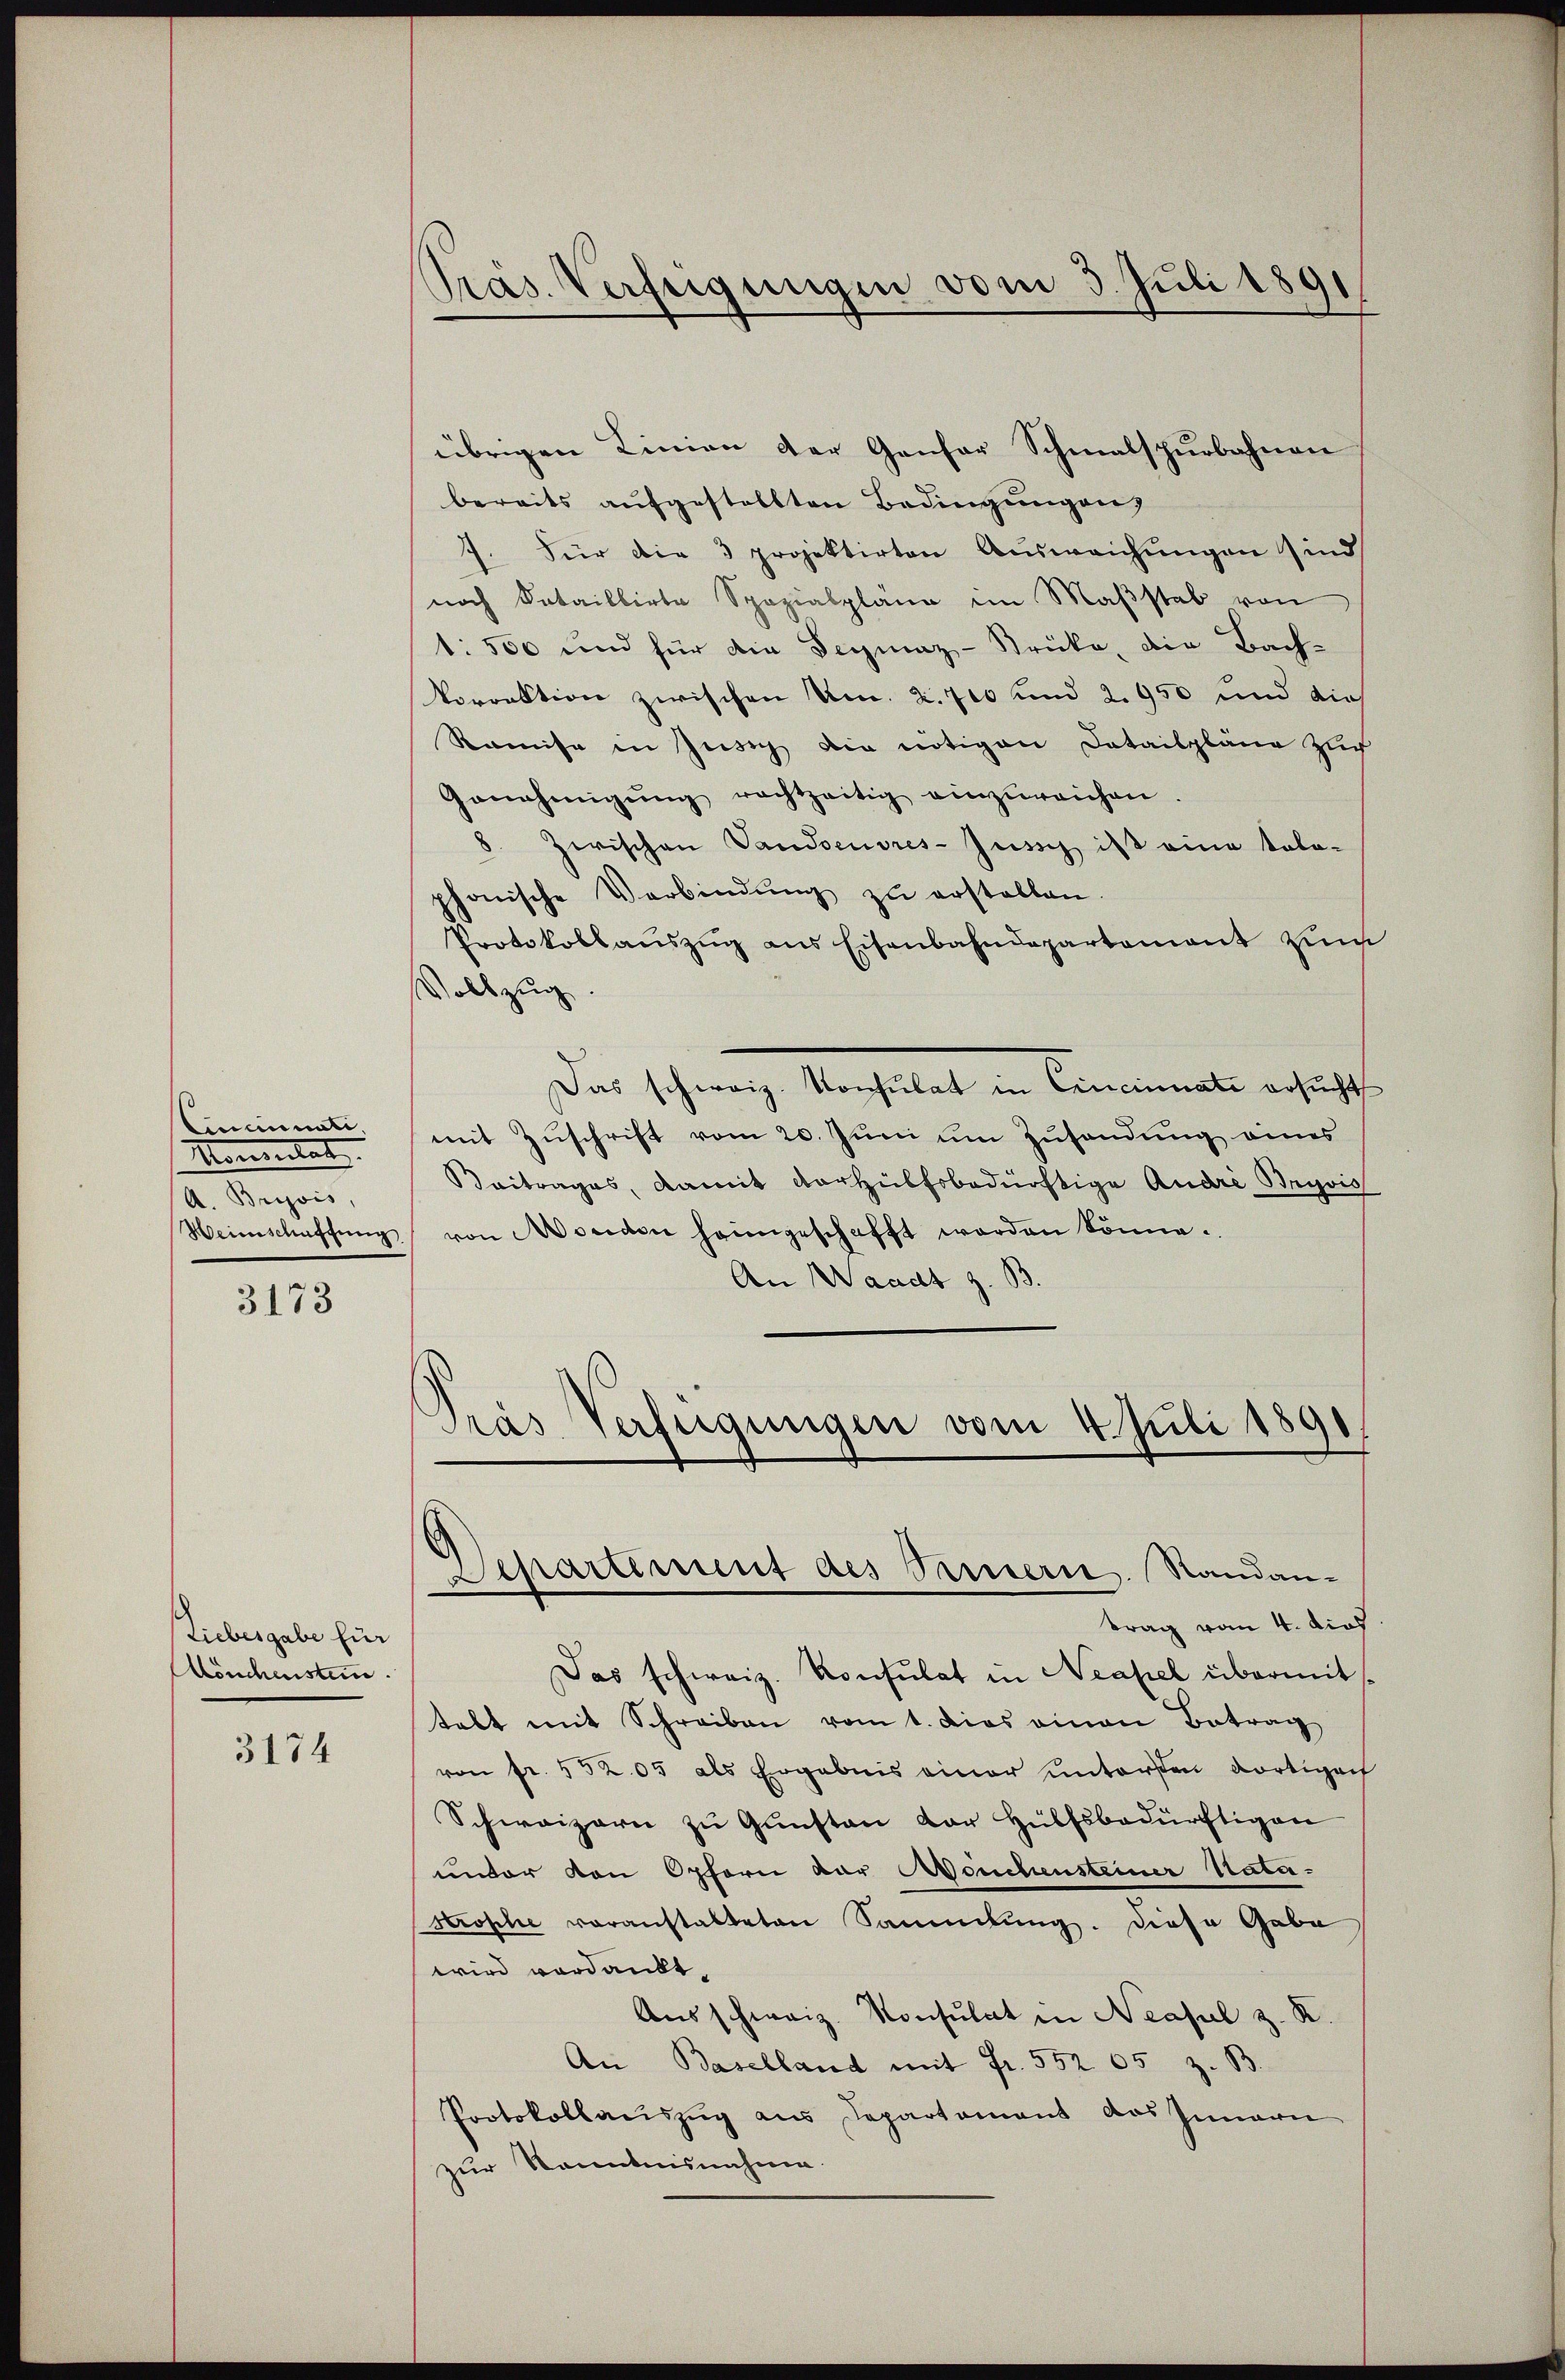
Cincinati
Momentat
A. Bryjois,
Heimschaffung

3173

Liebesgabe für
Könchensten.

3174

Präs. Verfügungen vom 3. Juli 1891

übrigen Linien der Gansor Schmalspurbahnen
bereits aufgestellten Bedingungen,
7. Für die 3 projektirten Ausweichungen sind
noch Sataillirte Spezialpläne im Maβstab von
1: 500 und für die Seymaz-Brücke, die Bach-
Vorrektion zwischen Nms. Z. 700 und 2. 950 und die
Romise in Zusich die nötigen Datailpläne Zuch
Genehmigŭng rechtzeitig einzureichen
8. Zwischen Vandseuvres-Jussy ist eine kolo-
phonische Verbindŭng zŭ erstellen.
Protokollaŭszŭg ans Eisenbahndepartement zum
Vollzug
Das schweiz. Konsulat in Cincinati ersucht
mit Zuschrift vom 20. Juni um Zusendung eines
Beitrages, damit vorhülfsbedürftige André Bryvis
von Morden heimgeschafft worden könne.
An Waadt z. B.
Pras Verfügungen vom 4. Juli 1891.

Separtement des Sauern. Randan-
trag vom 4. dies

Das schweiz. Konsulat in Neapel übermit
tabt mit Schreiben vom 1. Dies einen Betrag
von fr. 552. 05 als Ergebnis einer untersten dortigach
Schweizern zu Gunsten der Hülfsbedürftigen
unter von Opfern dar auchensteiner Nata-
Strophe voranstalteten Sammlung. Diese Gabe
wird verdankt,
Ausschweiz. Konsulat in Neapel z. R.
An Baselland mit Fr. 552 65 z. B.
Protokollauszug aus Departement das Innern
zur Kenntnisnahme.